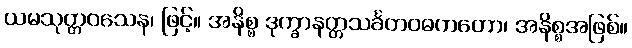
ယမသုတ္တဝသေန၊ ဖြင့်။ အနိစ္စ ဒုက္ခာနတ္တသင်္ခတဝဓကတော၊ အနိစ္စအဖြစ်။